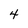
Character: 4